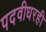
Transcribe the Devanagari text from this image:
पदवीधरही